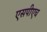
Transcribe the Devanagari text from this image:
एसपीएच